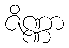
ဇိဏ္ဏာ